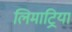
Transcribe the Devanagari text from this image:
लिमाट्रिया